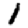
Digit: 1